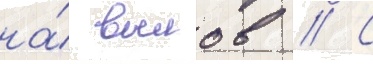
на́ вылов // С